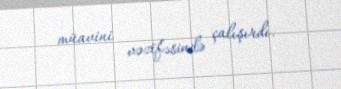
müavini vəzifəsində çalışırdı.